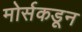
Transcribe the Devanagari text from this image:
मोर्सकडून